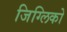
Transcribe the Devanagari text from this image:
जिग्लिको